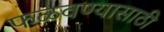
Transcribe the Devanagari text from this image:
फळवण्यासाठी